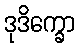
ဒုဒိက္ခော